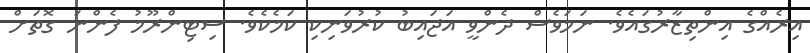
އިރެއްގެ އިންތިޒާރުގައެވެ. ނަމަވެސް ދެންވީ އަޖައިބު ކުރުވަނިކި ކަމެކެވެ. ސިޓިންރޫމު ފެންނަ ގޮތަށް